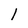
Character: l